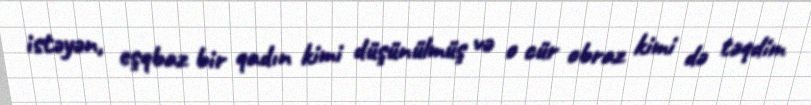
istəyən, eşqbaz bir qadın kimi düşünülmüş və o cür obraz kimi də təqdim